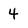
Character: 4